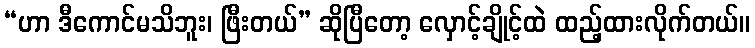
“ဟာ ဒီကောင်မသိဘူး၊ ဖြီးတယ်” ဆိုပြီတော့ လှောင့်ချိုင့်ထဲ ထည့်ထားလိုက်တယ်။